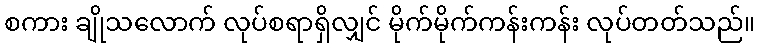
စကား ချိုသလောက် လုပ်စရာရှိလျှင် မိုက်မိုက်ကန်းကန်း လုပ်တတ်သည်။